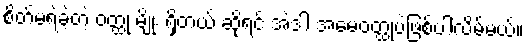
စိတ်မရဲခဲ့တဲ့ ဝတ္ထု မျိုး ရှိတယ် ဆိုရင် အဲဒါ အမေဝတ္ထုပဲဖြစ်ပါလိမ့်မယ်။